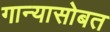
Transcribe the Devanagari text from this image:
गान्यासोबत